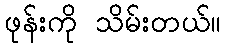
ဖုန်းကို သိမ်းတယ်။